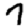
Digit: 7